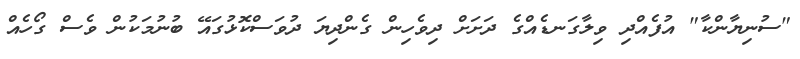
"ސުނިޔާންކާ" އުފެއްދި ވިލާގަނޑެއްގެ ދަށަށް ދިވެހިން ގެންދިޔަ ދުވަސްކޮޅުގައޭ ބުނުމަކުން ވެސް ގޯހެއް